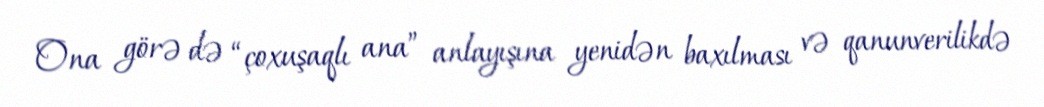
Ona görə də “çoxuşaqlı ana” anlayışına yenidən baxılması və qanunverilikdə